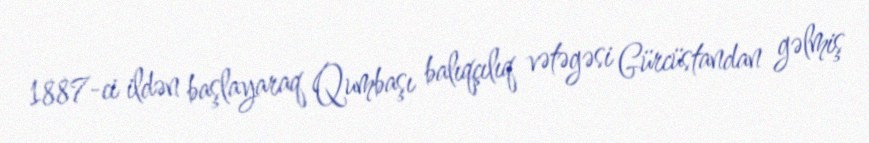
1887-ci ildən başlayaraq Qumbaşı balıqçılıq vətəgəsi Gürcüstandan gəlmiş